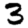
Digit: 3